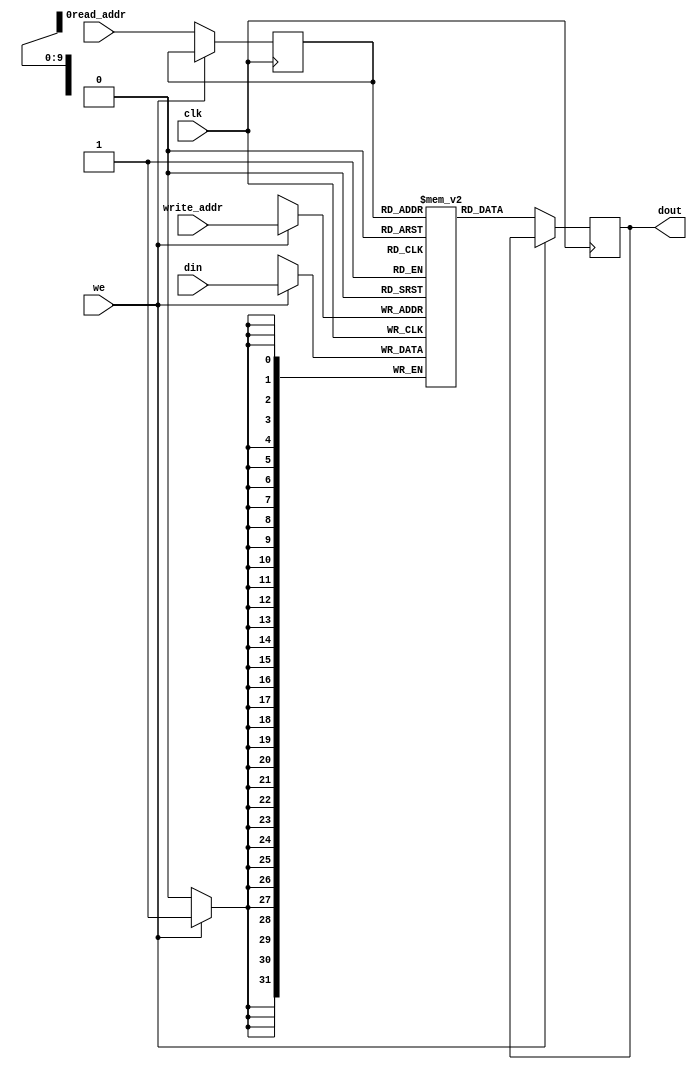
module ram_simple_dp_sync_reg_read_1024x32_neg (clk, we, read_addr, write_addr, din, dout);
    input clk, we;
    input [9:0] read_addr, write_addr;
    input [31:0] din;
    output reg [31:0] dout;
    
    reg [9:0] read_addr_reg;
    reg [31:0] ram [1023:0];

    always @(negedge clk)
    begin
        if (we) begin
            ram[write_addr] <= din;
            
        end
        else begin
            read_addr_reg <= read_addr;
            dout <= ram[read_addr_reg];
        end
    end


endmodule